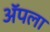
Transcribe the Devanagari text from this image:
अॅपला